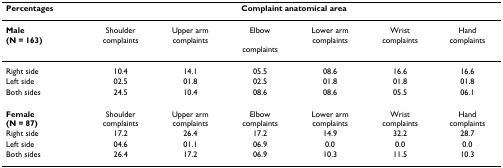
| Percentages | <COLSPAN=6> Complaint anatomical area |
 | --- | --- | --- | --- | --- | --- | --- |
 | Male (N = 163) | Shouldercomplaints | Upper armcomplaints | Elbowcomplaints | Lower armcomplaints | Wristcomplaints | Handcomplaints |
 | Right side | 10.4 | 14.1 | 05.5 | 08.6 | 16.6 | 16.6 |
 | Left side | 02.5 | 01.8 | 02.5 | 01.8 | 01.8 | 01.8 |
 | Both sides | 24.5 | 10.4 | 08.6 | 08.6 | 05.5 | 06.1 |
 | Female (N = 87) | Shoulder complaints | Upper arm complaints | Elbowcomplaints | Lower arm complaints | Wristcomplaints | Handcomplaints |
 | Right side | 17.2 | 26.4 | 17.2 | 14.9 | 32.2 | 28.7 |
 | Left side | 04.6 | 01.1 | 06.9 | 0.0 | 0.0 | 0.0 |
 | Both sides | 26.4 | 17.2 | 06.9 | 10.3 | 11.5 | 10.3 |